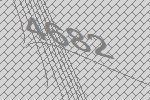
4682